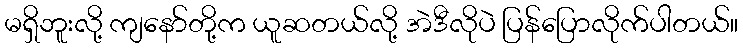
မရှိဘူးလို့ ကျနော်တို့က ယူဆတယ်လို့ အဲဒီလိုပဲ ပြန်ပြောလိုက်ပါတယ်။